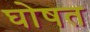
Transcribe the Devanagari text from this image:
घोषत